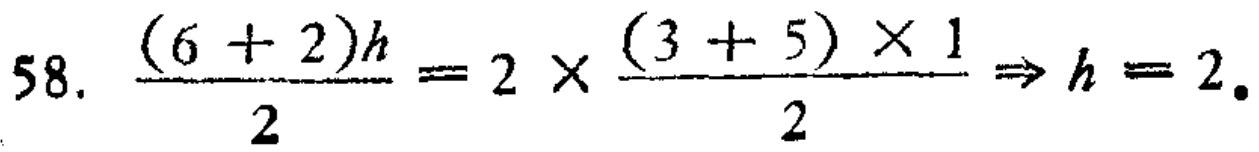
58. \(\frac{(6 + 2)h}{2}=2\times\frac{(3 + 5)\times1}{2}\Rightarrow h = 2\).